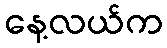
နေ့လယ်က